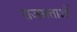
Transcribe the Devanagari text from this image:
राजसत्ताओं